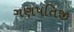
ગણપતિજી